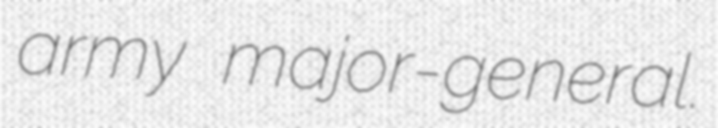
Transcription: army major-general.